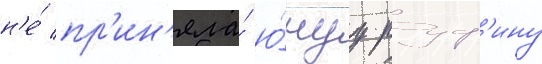
н'е́ пр'ин'яла́ ю́нуу руф'ину